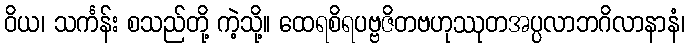
ဝိယ၊ သင်္ကန်း စသည်တို့ ကဲ့သို့။ ထေရစိရပဗ္ဗဇိတဗဟုဿုတအပ္ပလာဘဂိလာနာနံ၊